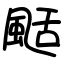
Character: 颳